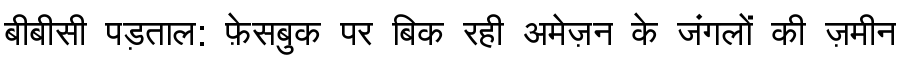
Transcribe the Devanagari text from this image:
बीबीसी पड़ताल: फ़ेसबुक पर बिक रही अमेज़न के जंगलों की ज़मीन